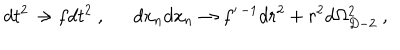
LaTeX: d t ^ { 2 } \to f d t ^ { 2 } \ , \ \ d x _ { n } d x _ { n } \to f ^ { \prime \, - 1 } d r ^ { 2 } + r ^ { 2 } d \Omega _ { D - 2 } ^ { 2 } \ ,